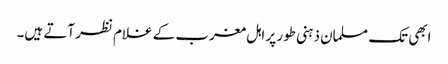
ابھی تک مسلمان ذہنی طور پر اہل مغرب کے غلام نظر آتے ہیں۔